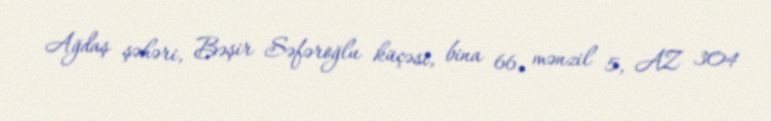
Ağdaş şəhəri, Bəşir Səfəroğlu küçəsi, bina 66, mənzil 5, AZ 304